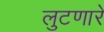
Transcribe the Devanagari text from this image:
लुटणारे